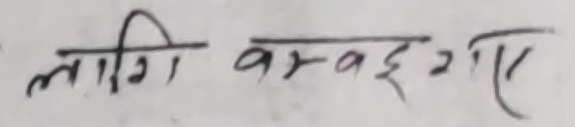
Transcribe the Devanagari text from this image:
लागि वस्दछ गए